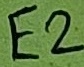
Text: E2